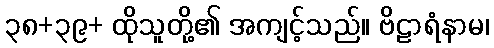
၃၈+၃၉+ ထိုသူတို့၏ အကျင့်သည်။ ဗိဠာရံနာမ၊